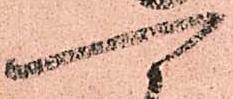
可